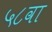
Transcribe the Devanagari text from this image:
५८वा